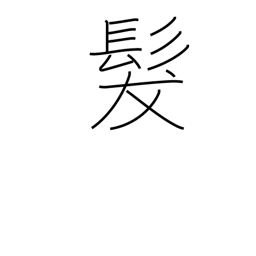
Meaning: hair